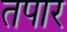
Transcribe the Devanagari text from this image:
तपार